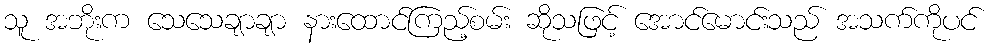
သူ အဘိုးက သေသေချာချာ နားထောင်ကြည့်စမ်း ဆိုသဖြင့် အောင်မောင်းသည် အသက်ကိုပင်